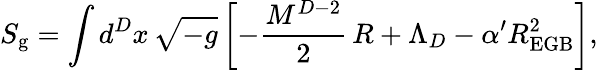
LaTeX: S_{\mathrm{g}}=\int d^{D}x\, \sqrt{-g}\, \biggl[-\frac{M^{D-2}}{2}\, R+\Lambda_{D}-\alpha^{\prime}R_{\mathrm{EGB}}^{2}\biggr],